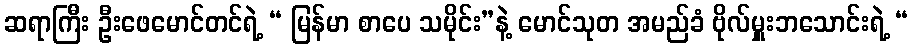
ဆရာကြီး ဦးဖေမောင်တင်ရဲ့ “ မြန်မာ စာပေ သမိုင်း”နဲ့ မောင်သုတ အမည်ခံ ဗိုလ်မှူးဘသောင်းရဲ့ “